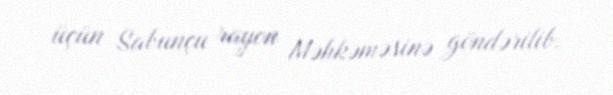
üçün Sabunçu rayon Məhkəməsinə göndərilib.